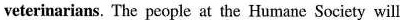
veterinarians. The people at the Humane Society will